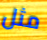
مثل